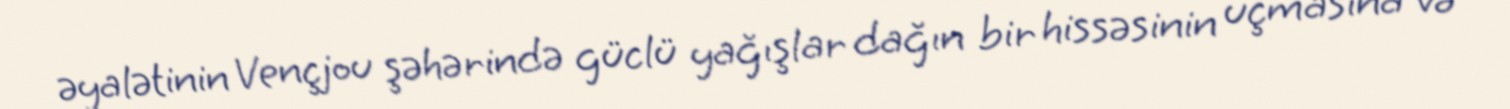
əyalətinin Vençjou şəhərində güclü yağışlar dağın bir hissəsinin uçmasına və